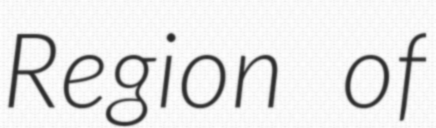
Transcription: Region of